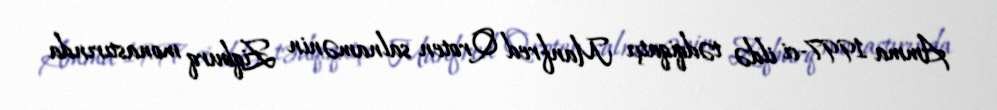
Amma 1997-ci ildə tədqiqatçı Manfred Qroten salnamənin Ziqburq monastırında